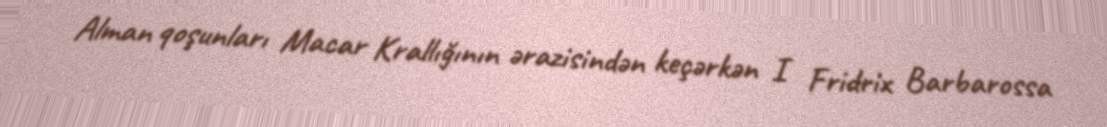
Alman qoşunları Macar Krallığının ərazisindən keçərkən I Fridrix Barbarossa